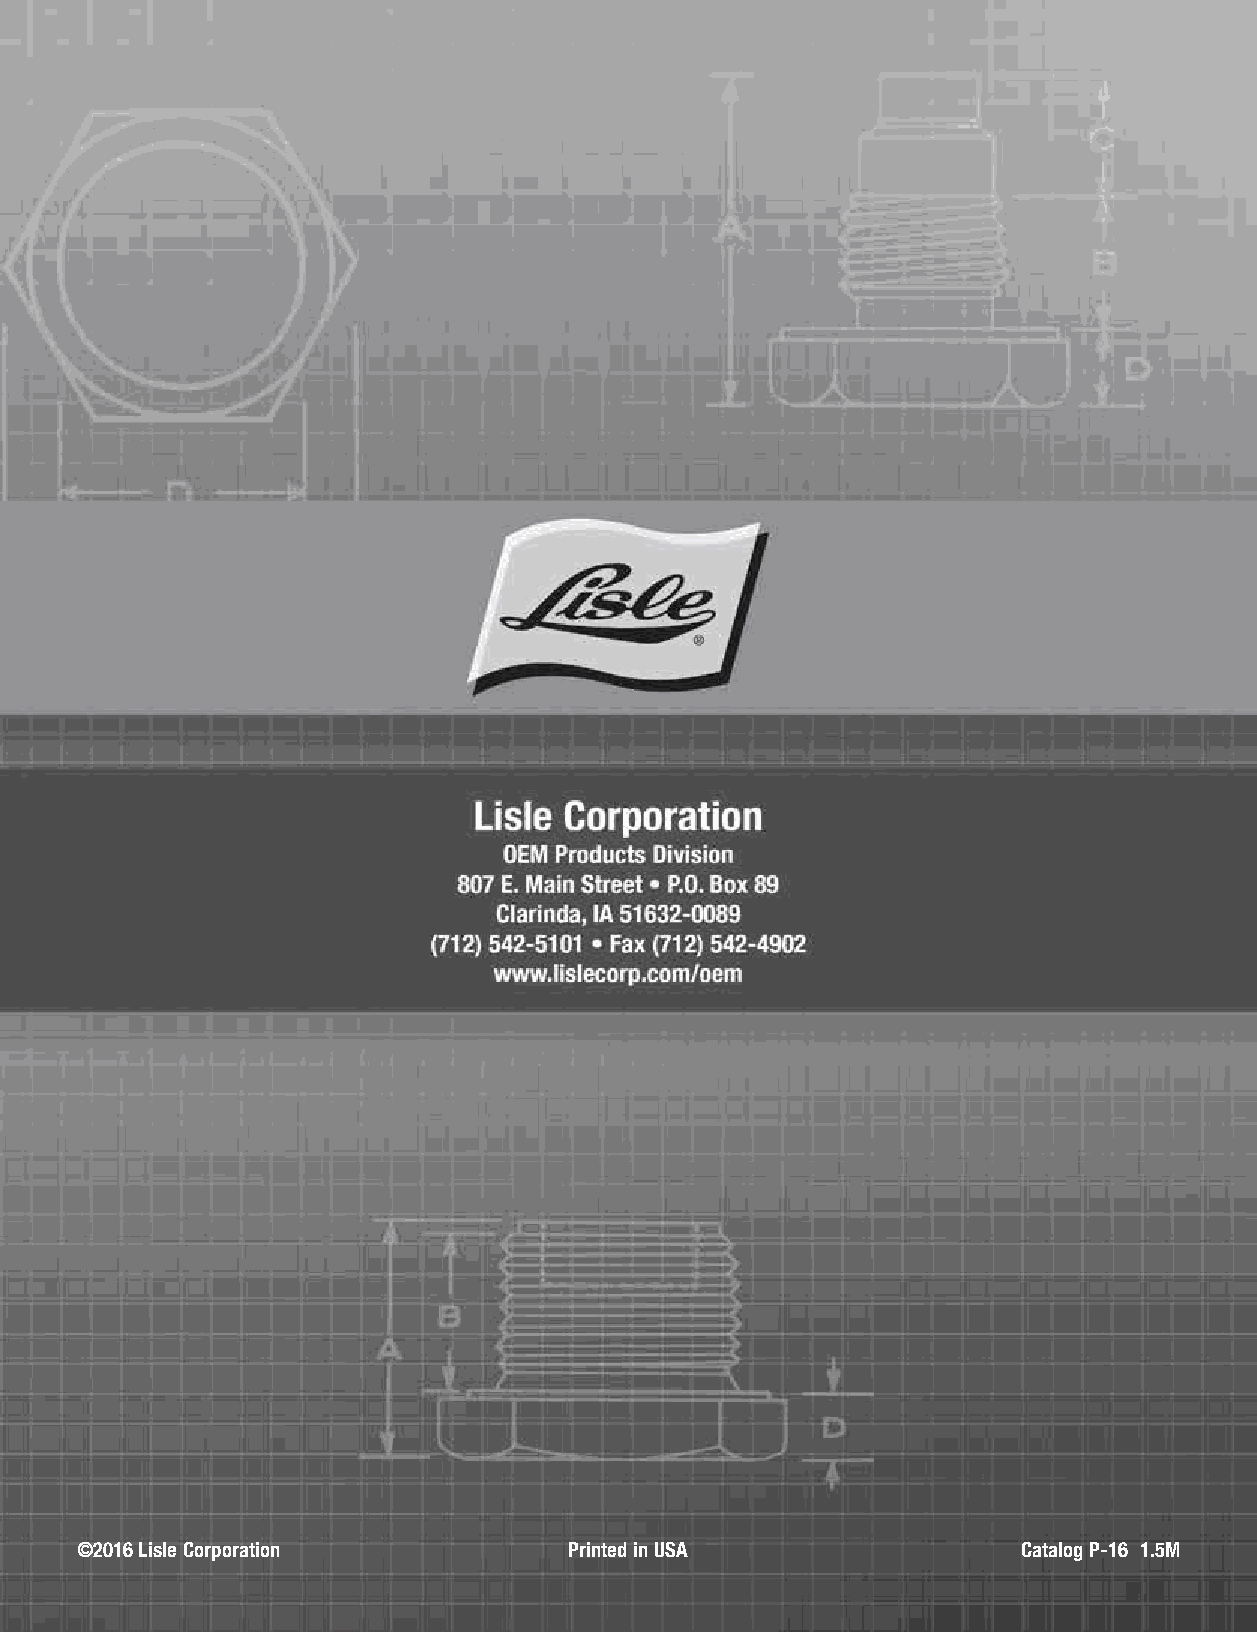
©2016 Lisle Corporation          Printed in USA                Catalog P-16 1.5M